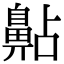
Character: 𪖚